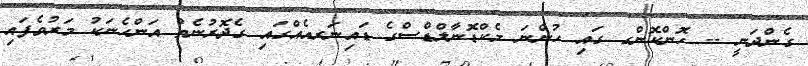
ގެންދަނީ -- ހޮންކޮންގ ގައި ހުންނަ މެކްޑޮނާލްޑްސްގެ ޑައިނަރއެއްގައި ގެދޮރުނެތް އަންހެނަކު މަރުވެފައި